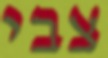
צבי